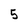
Character: 5